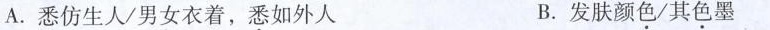
A.悉仿生人/男女衣着，悉如外人 B.发肤颜色/其色墨